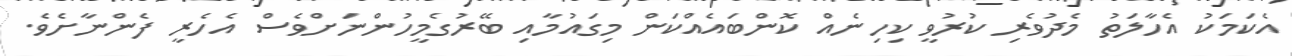
އެކަމަކު އެހާލަތު މެދުވެރި ކުރުވީ ކިހިނެއް ކޮންބައެއްކަން މިގައުމާއި ބޭރުގެމީހުންނަށްވެސް އެހެރީ ފެންނާށެވެ.